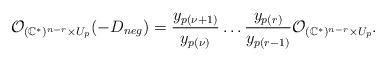
LaTeX: \begin{align*}\mathcal O_{(\mathbb C^*)^{n-r}\times U_p}(-D_{neg})=\frac{y_{p(\nu+1)}}{y_{p(\nu)}} \dots \frac{y_{p(r)}}{y_{p(r-1)}} \mathcal O_{(\mathbb C^*)^{n-r}\times U_p}.\end{align*}